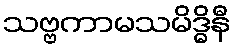
သဗ္ဗကာမသမိဒ္ဓိနီ